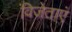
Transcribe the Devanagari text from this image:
विजेताएं